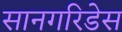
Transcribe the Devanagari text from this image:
सानगरिडेस